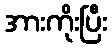
အားကိုးပြီး